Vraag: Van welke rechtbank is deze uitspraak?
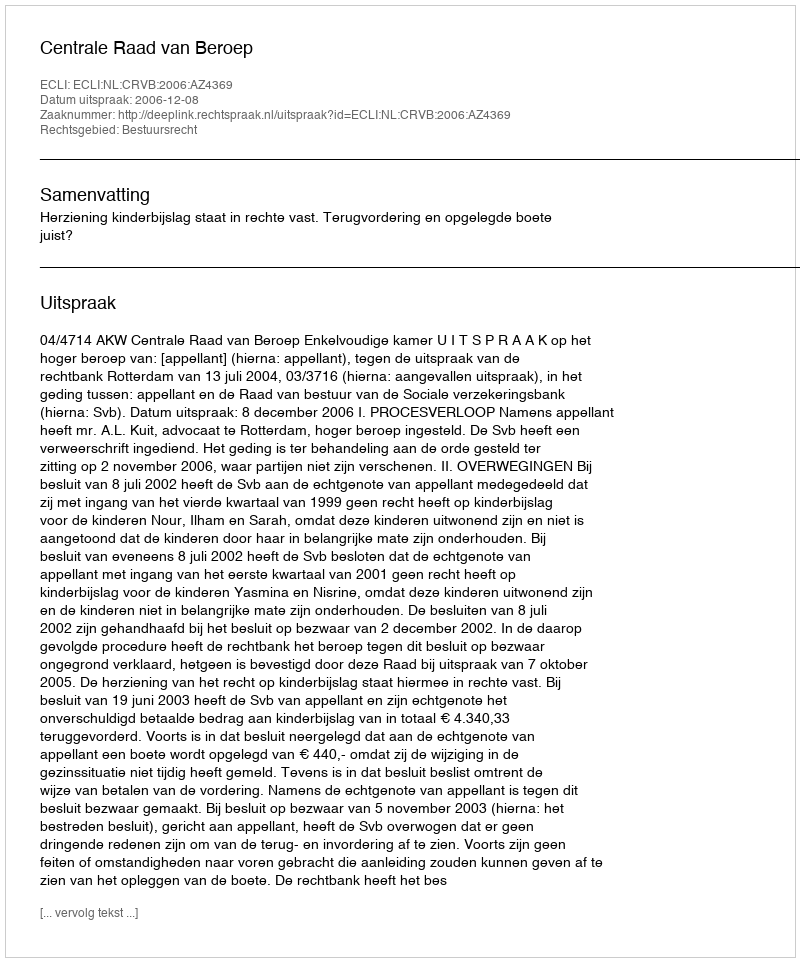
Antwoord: Centrale Raad van Beroep